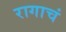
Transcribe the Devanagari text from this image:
रागाचं